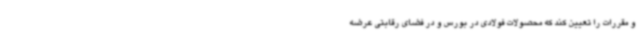
و مقررات را تعیین کند که محصولات فولادی در بورس و در فضای رقابتی عرضه